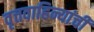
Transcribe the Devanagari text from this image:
वृत्तवाहिन्यांची